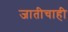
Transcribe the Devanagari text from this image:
जातीचाही